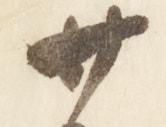
廿